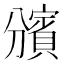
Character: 𧷟